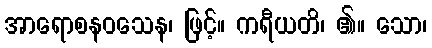
အာရောစနဝသေန၊ ဖြင့်။ ကရီယတိ၊ ၏။ သော၊